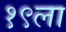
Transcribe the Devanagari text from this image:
१९ला